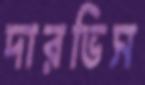
দারভিস